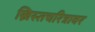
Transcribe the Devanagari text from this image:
ख्रिस्तचरित्रावर